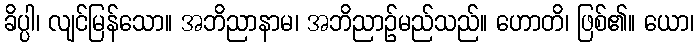
ခိပ္ပါ၊ လျင်မြန်သော။ အဘိညာနာမ၊ အဘိညာဉ်မည်သည်။ ဟောတိ၊ ဖြစ်၏။ ယော၊